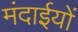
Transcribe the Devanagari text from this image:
मंदाईयों